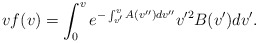
\begin{align*} vf(v)=\int_0^ve^{-\int_{v'}^vA(v'')dv''}v'^2B(v')dv'.\end{align*}